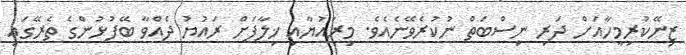
ޒިނޭކުރިމީހާއަށް ދަރި ނިސްބަތް ނުކުރެވޭނެއެވެ. މިރައުޔާއި ޚިލާފަށް ރައުޔު ދެއްވާ ބޭފުޅުންގެ ތެރޭގައި